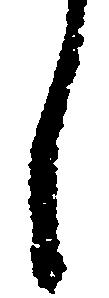
し